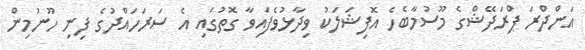
އަންދްރަ ޕްރަދޭޝްގެ މޫސުމާބެހެ އޮފިޝަލަކު ވިދާޅުވެފައިވާ ގޮތުގައި އެ ސަރަހައްދުގެ ފިނި ހޫނުމިން